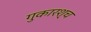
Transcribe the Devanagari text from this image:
गुकारश्च